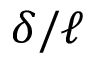
\delta / \ell